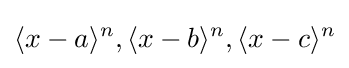
\langle x-a\rangle ^{n},\langle x-b\rangle ^{n},\langle x-c\rangle ^{n}